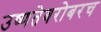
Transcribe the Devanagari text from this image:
उष्णतेबरोबरच